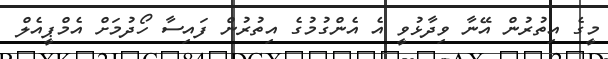
މީގެ އިތުރުން އޭނާ ވިދާޅުވީ އެ އެންގުމުގެ އިތުރުން ފައިސާ ހޯދުމަށް އެމްޕީއެލް